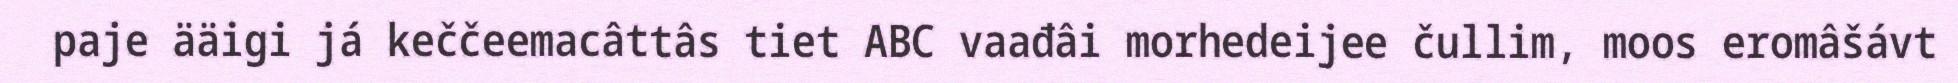
paje ääigi já keččeemacâttâs tiet ABC vaađâi morhedeijee čullim, moos eromâšávt